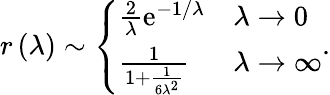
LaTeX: r\left(\lambda\right)\sim\left\{ \begin{array}{ll}{\frac{2}{\lambda}\mathrm{e}^{-1/\lambda}}&{\lambda\to 0}\\ {\frac{1}{1+\frac{1}{6\lambda^{2}}}}&{\lambda\to\infty}\end{array}\right..